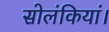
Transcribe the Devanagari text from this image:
सोलंकियां।